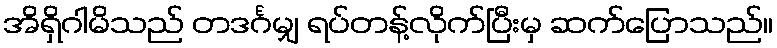
အိရှိဂါမိသည် တဒင်္ဂမျှ ရပ်တန့်လိုက်ပြီးမှ ဆက်ပြောသည်။